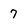
Character: 7